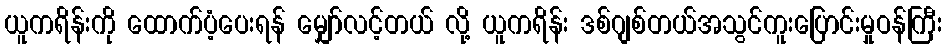
ယူကရိန်းကို ထောက်ပံ့ပေးရန် မျှော်လင့်တယ် လို့ ယူကရိန်း ဒစ်ဂျစ်တယ်အသွင်ကူးပြောင်းမှုဝန်ကြီး